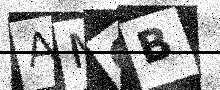
Text: AMCB